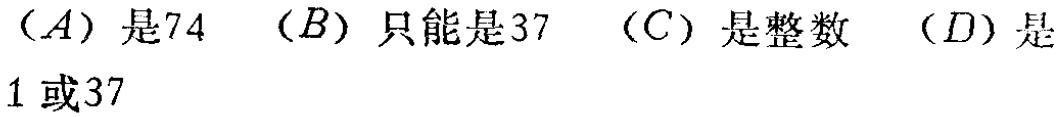
（A）是74 （B）只能是37 （C）是整数 （D）是1 或37